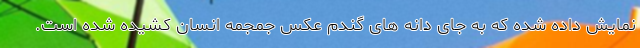
نمایش داده شده که به جای دانه های گندم عکس جمجمه انسان کشیده شده است.